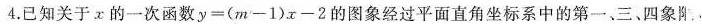
4.已知关于x的一次函数$$y=(m-1)x-2$$的图象经过平面直角坐标系中的第一、三、四象